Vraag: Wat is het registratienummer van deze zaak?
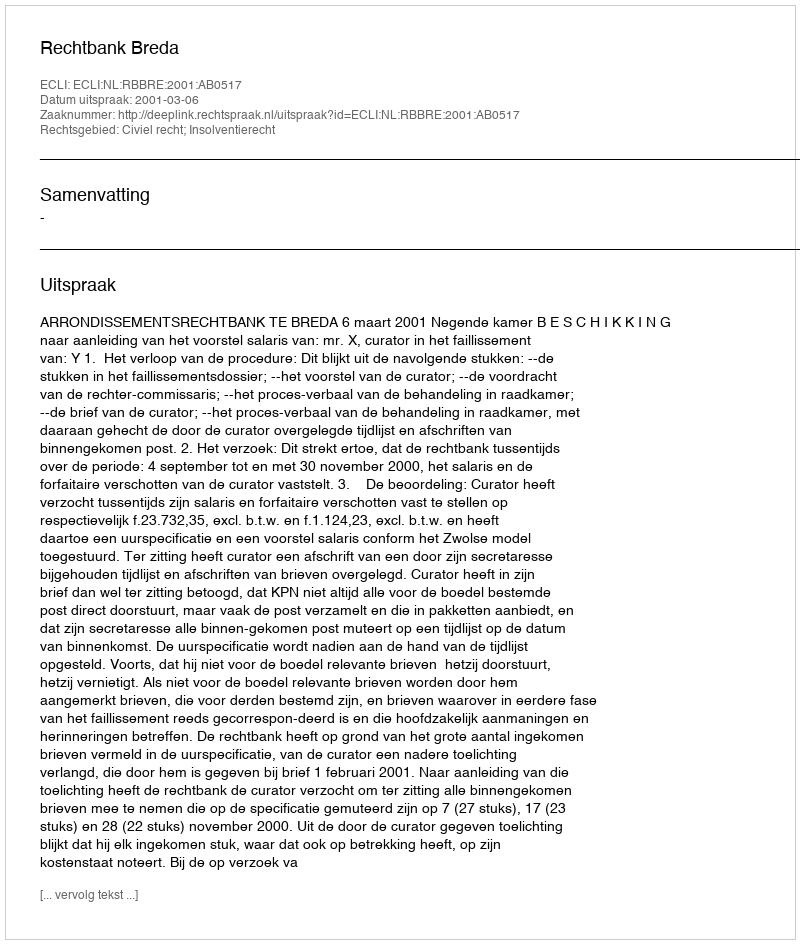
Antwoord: http://deeplink.rechtspraak.nl/uitspraak?id=ECLI:NL:RBBRE:2001:AB0517